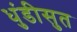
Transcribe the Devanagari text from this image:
धुंडीसुत